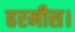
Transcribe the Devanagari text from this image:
हरमीस।